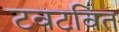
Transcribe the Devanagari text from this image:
टवटवित